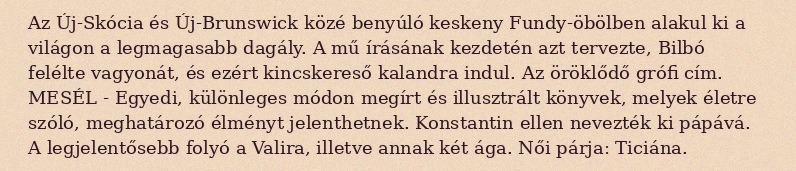
Az Új-Skócia és Új-Brunswick közé benyúló keskeny Fundy-öbölben alakul ki a világon a legmagasabb dagály. A mű írásának kezdetén azt tervezte, Bilbó felélte vagyonát, és ezért kincskereső kalandra indul. Az öröklődő grófi cím. MESÉL - Egyedi, különleges módon megírt és illusztrált könyvek, melyek életre szóló, meghatározó élményt jelenthetnek. Konstantin ellen nevezték ki pápává. A legjelentősebb folyó a Valira, illetve annak két ága. Női párja: Ticiána.